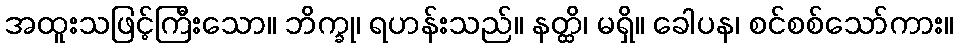
အထူးသဖြင့်ကြီးသော။ ဘိက္ခု၊ ရဟန်းသည်။ နတ္ထိ၊ မရှိ။ ခေါပန၊ စင်စစ်သော်ကား။